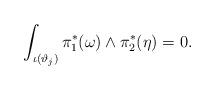
LaTeX: \begin{align*}\int_{\iota(\vartheta_j)}\pi_1^*(\omega)\wedge\pi_2^*(\eta)=0.\end{align*}